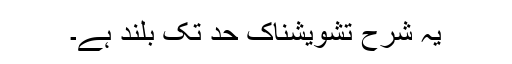
یہ شرح تشویشناک حد تک بلند ہے۔